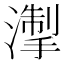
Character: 𪷘